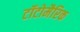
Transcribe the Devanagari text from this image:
टॉटोमैरिक